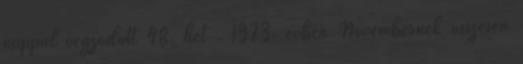
nappal végződött 48. hét . 1973. évben Novembernek összesen